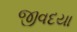
જીવદયા